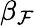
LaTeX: \beta_{\mathcal{F}}